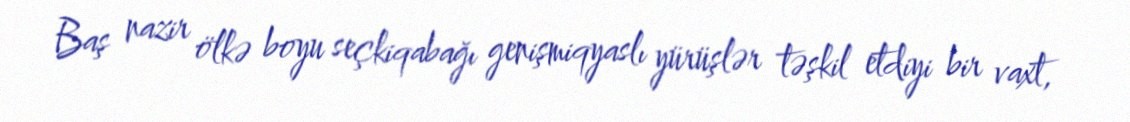
Baş nazir ölkə boyu seçkiqabağı genişmiqyaslı yürüşlər təşkil etdiyi bir vaxt,